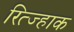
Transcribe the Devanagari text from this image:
रित्ज्हाक